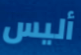
أليس